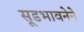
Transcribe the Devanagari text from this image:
सूडभावनेने